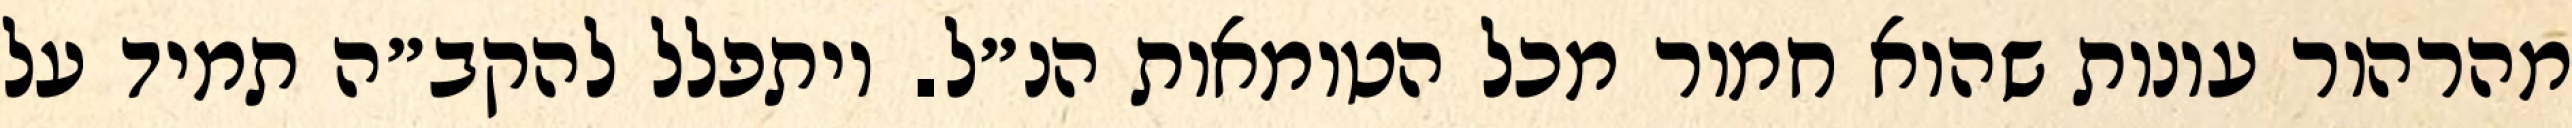
מהרהור עונות שהוא חמור מכל הטומאות הנ״ל. ויתפלל להקב״ה תמיד על